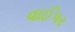
વાઈપર